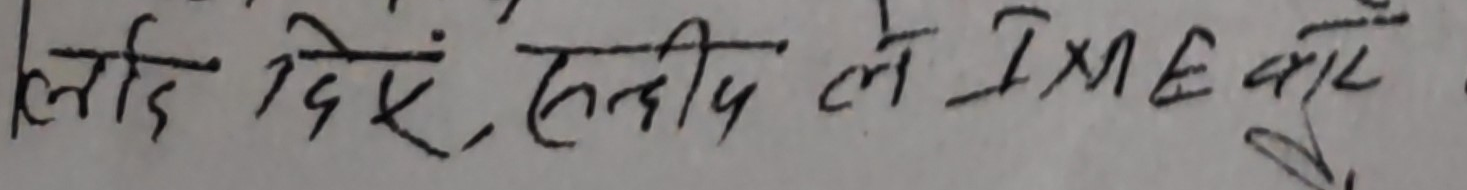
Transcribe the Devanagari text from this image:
लोडि दिएँ, हलदीले IME गरे